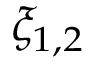
\xi _ { 1 , 2 }